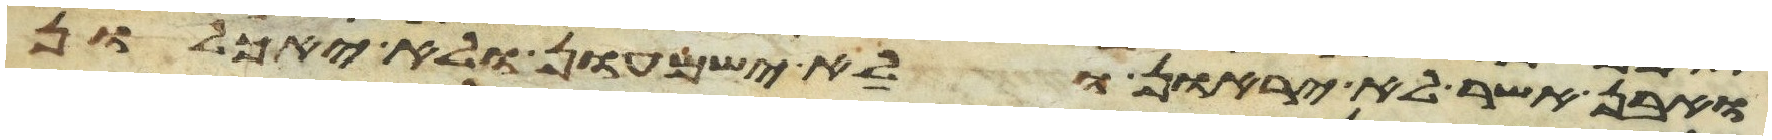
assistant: ואבן אשר לא יראון ולא ישמעון ולא יאכלון